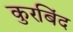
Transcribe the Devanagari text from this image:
कुरबिंद